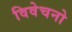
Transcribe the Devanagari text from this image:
विवेचनो